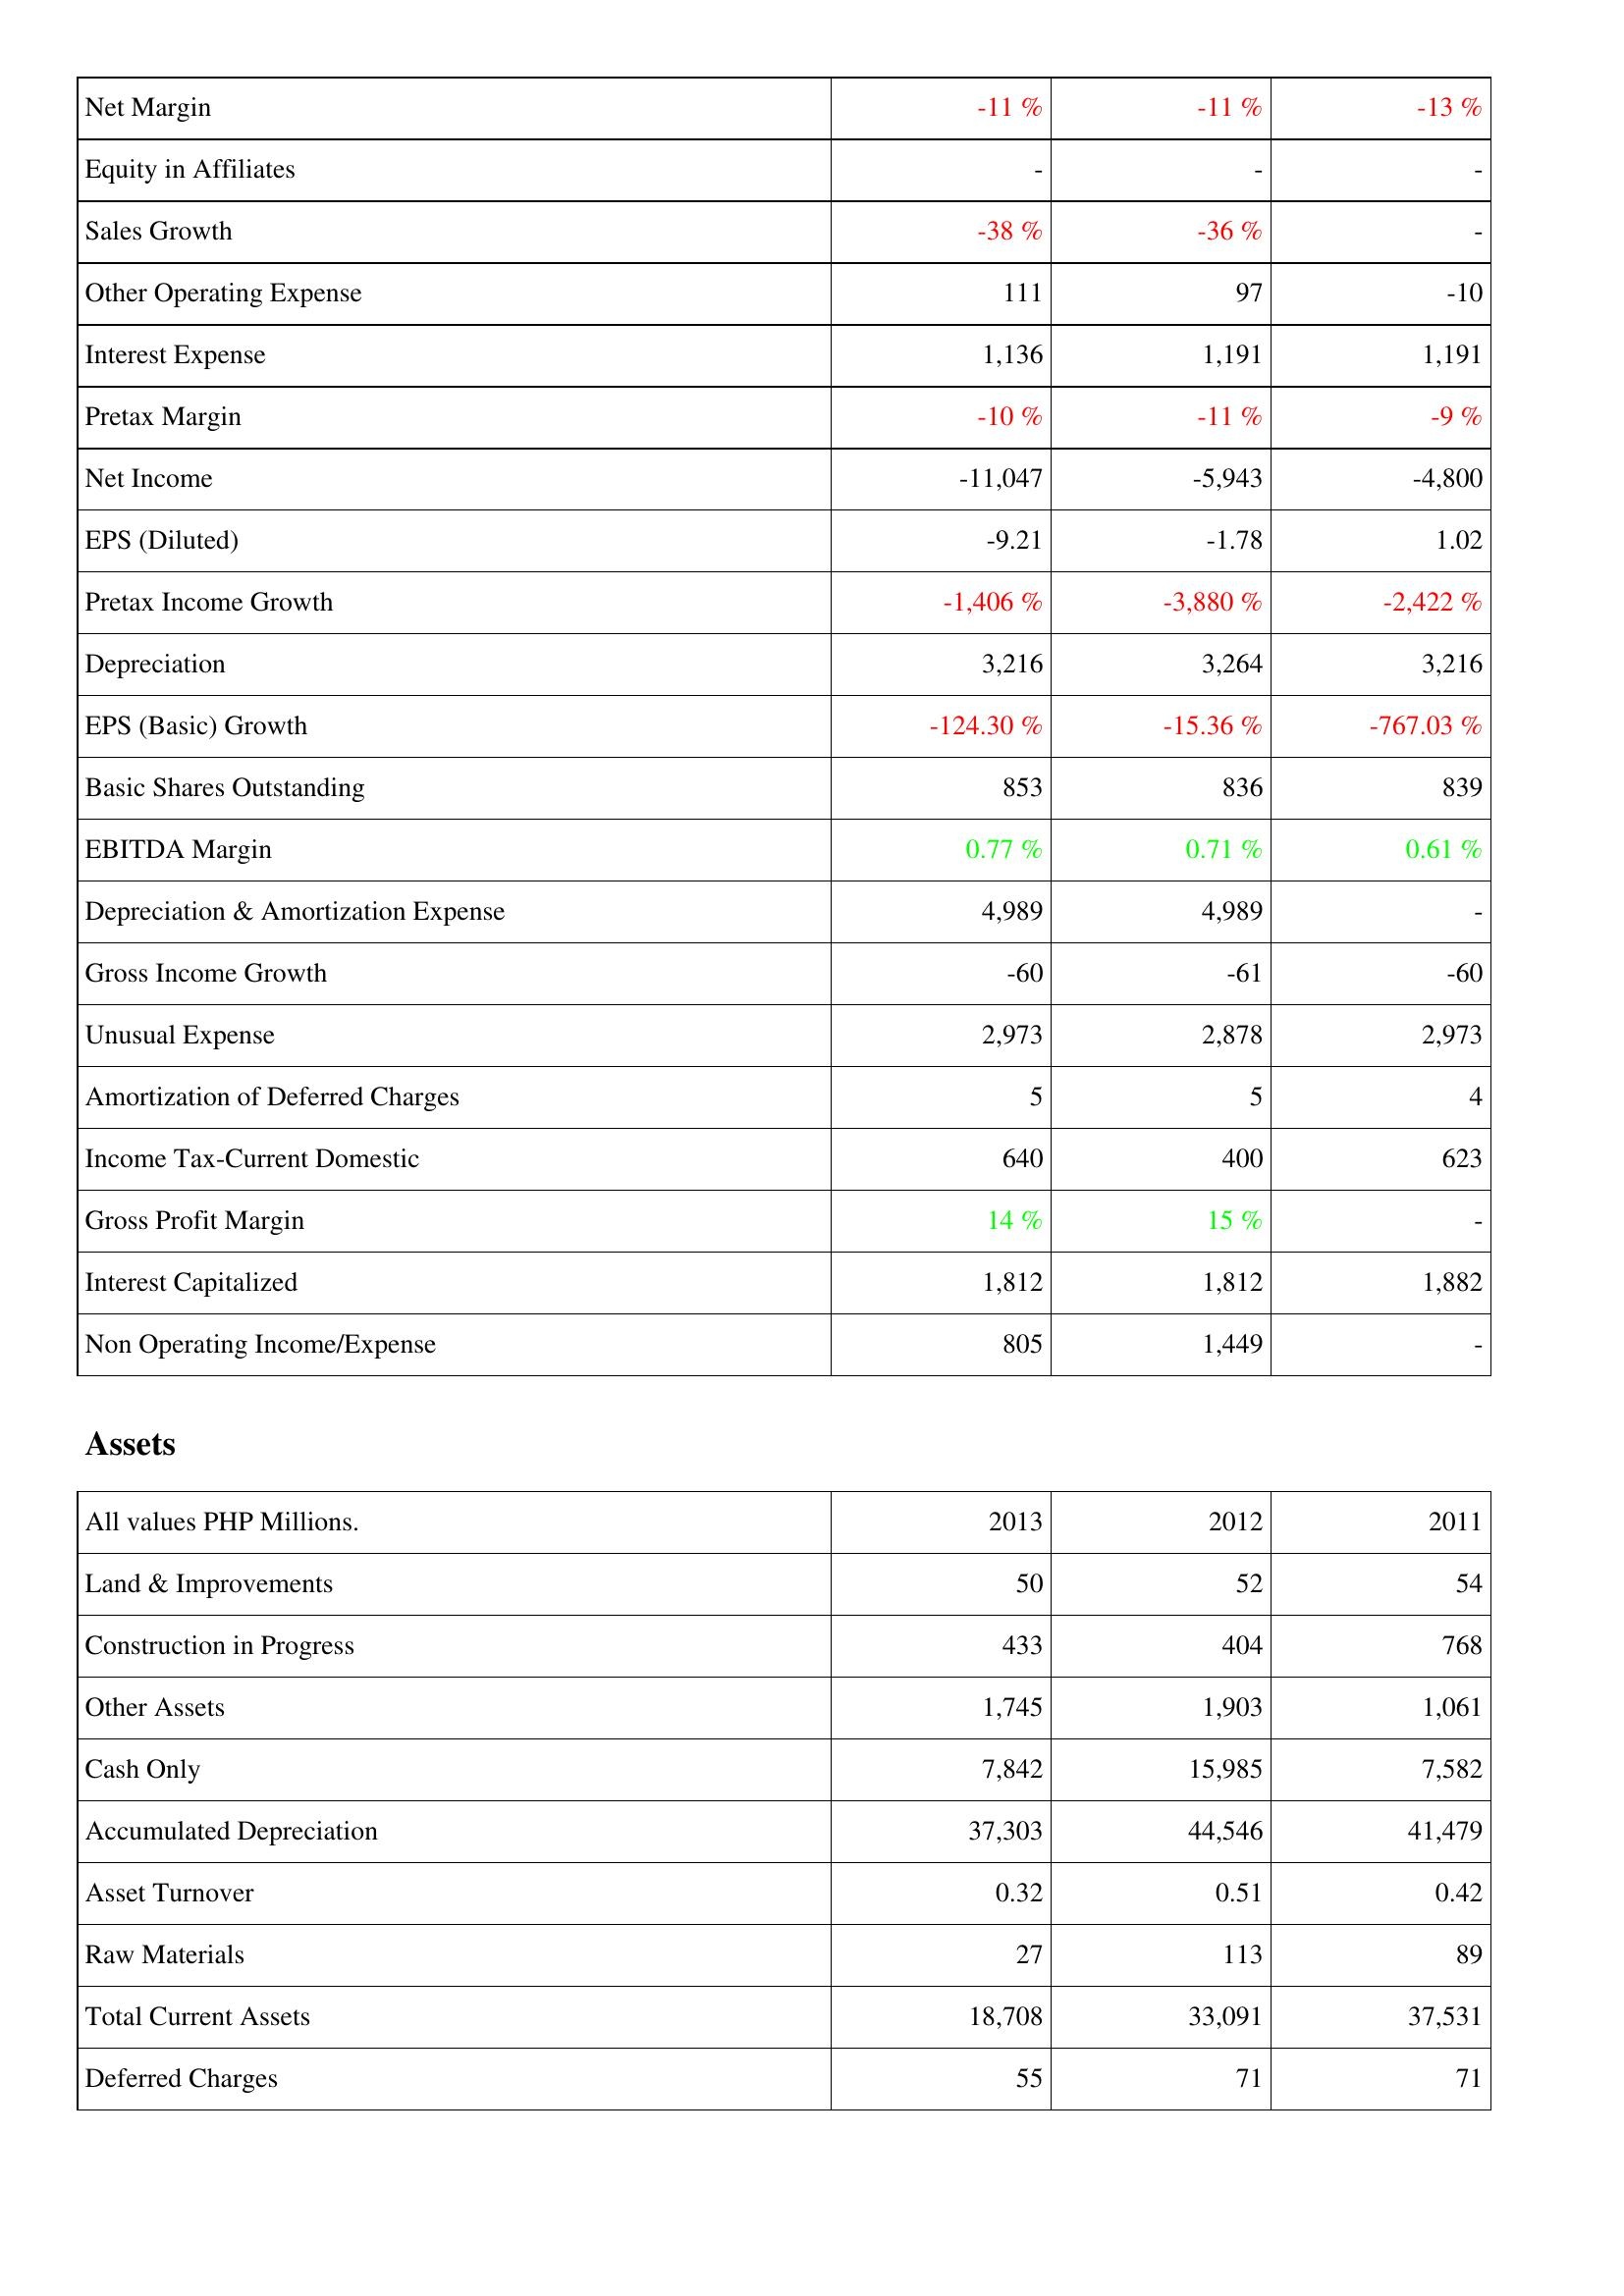
2013: Income Statement: Net Margin: -11 %
Equity in Affiliates: -
Sales Growth: -38 %
Other Operating Expense: 111
Interest Expense: 1,136
Pretax Margin: -10 %
Net Income: -11,047
EPS (Diluted): -9.21
Pretax Income Growth: -1,406 %
Depreciation: 3,216
EPS (Basic) Growth: -124.30 %
Basic Shares Outstanding: 853
EBITDA Margin: 0.77 %
Depreciation & Amortization Expense: 4,989
Gross Income Growth: -60
Unusual Expense: 2,973
Amortization of Deferred Charges: 5
Income Tax-Current Domestic: 640
Gross Profit Margin: 14 %
Interest Capitalized: 1,812
Non Operating Income/Expense: 805
Assets: Land & Improvements: 50
Construction in Progress: 433
Other Assets: 1,745
Cash Only: 7,842
Accumulated Depreciation: 37,303
Asset Turnover: 0.32
Raw Materials: 27
Total Current Assets: 18,708
Deferred Charges: 55
2012: Income Statement: Net Margin: -11 %
Equity in Affiliates: -
Sales Growth: -36 %
Other Operating Expense: 97
Interest Expense: 1,191
Pretax Margin: -11 %
Net Income: -5,943
EPS (Diluted): -1.78
Pretax Income Growth: -3,880 %
Depreciation: 3,264
EPS (Basic) Growth: -15.36 %
Basic Shares Outstanding: 836
EBITDA Margin: 0.71 %
Depreciation & Amortization Expense: 4,989
Gross Income Growth: -61
Unusual Expense: 2,878
Amortization of Deferred Charges: 5
Income Tax-Current Domestic: 400
Gross Profit Margin: 15 %
Interest Capitalized: 1,812
Non Operating Income/Expense: 1,449
Assets: Land & Improvements: 52
Construction in Progress: 404
Other Assets: 1,903
Cash Only: 15,985
Accumulated Depreciation: 44,546
Asset Turnover: 0.51
Raw Materials: 113
Total Current Assets: 33,091
Deferred Charges: 71
2011: Income Statement: Net Margin: -13 %
Equity in Affiliates: -
Sales Growth: -
Other Operating Expense: -10
Interest Expense: 1,191
Pretax Margin: -9 %
Net Income: -4,800
EPS (Diluted): 1.02
Pretax Income Growth: -2,422 %
Depreciation: 3,216
EPS (Basic) Growth: -767.03 %
Basic Shares Outstanding: 839
EBITDA Margin: 0.61 %
Depreciation & Amortization Expense: -
Gross Income Growth: -60
Unusual Expense: 2,973
Amortization of Deferred Charges: 4
Income Tax-Current Domestic: 623
Gross Profit Margin: -
Interest Capitalized: 1,882
Non Operating Income/Expense: -
Assets: Land & Improvements: 54
Construction in Progress: 768
Other Assets: 1,061
Cash Only: 7,582
Accumulated Depreciation: 41,479
Asset Turnover: 0.42
Raw Materials: 89
Total Current Assets: 37,531
Deferred Charges: 71